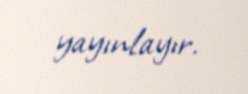
yayınlayır.